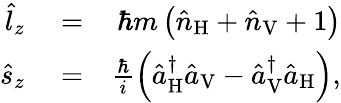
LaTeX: \begin{array}{rlr}{\hat{l}_{z}}&{{}=}&{\hbar m\left(\hat{n}_{\mathrm{H}}+\hat{n}_{\mathrm{V}}+1\right)}\\ {\hat{s}_{z}}&{{}=}&{\frac{\hbar}{i}\left(\hat{a}_{\mathrm{H}}^{\dagger}\hat{a}_{\mathrm{V}}-\hat{a}_{\mathrm{V}}^{\dagger}\hat{a}_{\mathrm{H}}\right),}\end{array}